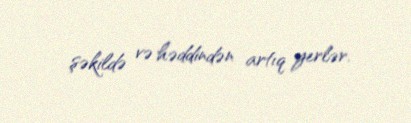
şəkildə və həddindən artıq yerlər.